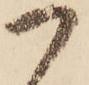
つ